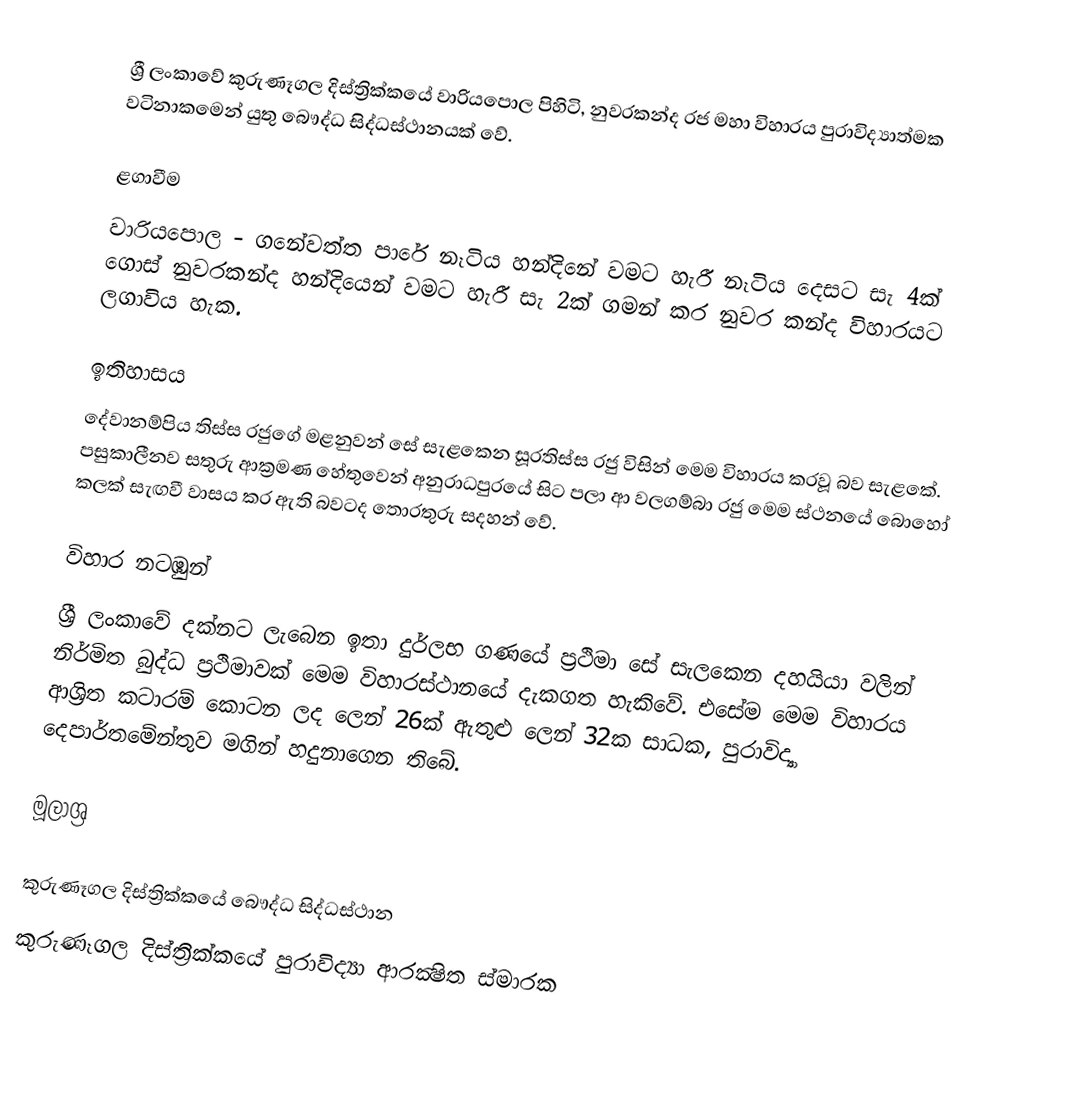
ශ්‍රී ලංකාවේ කුරුණෑගල දිස්ත්‍රික්කයේ වාරියපොල පිහිටි, නුවරකන්ද රජ මහා විහාරය පුරාවිද්‍යාත්මක වටිනාකමෙන් යුතු බෞද්ධ සිද්ධස්ථානයක් වේ.

ළගාවීම
වාරියපොල - ගනේවත්ත පාරේ නෑටිය හන්දිනේ වමට හැරී නෑටිය දෙසට සැ 4ක් ගොස් නුවරකන්ද හන්දියෙන් වමට හැරී සැ 2ක් ගමන් කර නුවර කන්ද විහාරයට ලගාවිය හැක.

ඉතිහාසය
දේවානම්පිය තිස්ස රජුගේ මළනුවන් සේ සැළකෙන සූරතිස්ස රජු විසින් මෙම විහාරය කරවූ බව සැළකේ. පසුකාලීනව සතුරු ආක්‍රමණ හේතුවෙන් අනුරාධපුරයේ සිට පලා ආ  වලගම්බා රජු මෙම ස්ථනයේ බොහෝ කලක් සැඟවී වාසය කර ඇති බවටද තොරතුරු සදහන් වේ.

විහාර නටඹුන්
ශ්‍රී ලංකාවේ දක්නට ලැබෙන ඉතා දුර්ලභ ගණයේ ප්‍රථිමා සේ සැලකෙන දහයියා වලින් නිර්මිත බුද්ධ ප්‍රථිමාවක් මෙම විහාරස්ථානයේ දැකගත හැකිවේ. එසේම මෙම විහාරය ආශ්‍රිත කටාරම් කොටන ලද ලෙන් 26ක් ඇතුළු ලෙන් 32ක සාධක, පුරාවිද්‍යා දෙපාර්තමේන්තුව මගින් හදුනාගෙන තිබේ.

මූලාශ්‍ර

කුරුණෑගල දිස්ත්‍රික්කයේ බෞද්ධ සිද්ධස්ථාන
කුරුණෑගල දිස්ත්‍රික්කයේ පුරාවිද්‍යා ආරක්‍ෂිත ස්මාරක